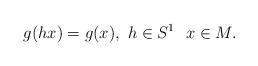
LaTeX: \begin{align*}g(hx)=g(x),\ h\in S^1\ \ x\in M.\end{align*}